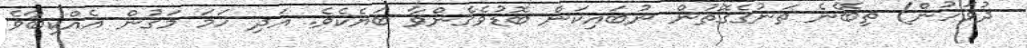
ދުވަހުން) ތިބޭނެ ތަނުގެގޮތުން ނުބައިކަން ބޮޑުވެގެންވާ ބަޔެކެވެ. އަދި ހަމަ މަގުން އެއްކިބާވެ